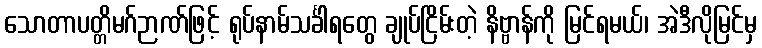
သောတာပတ္တိမဂ်ဉာဏ်ဖြင့် ရုပ်နာမ်သင်္ခါရတွေ ချုပ်ငြိမ်းတဲ့ နိဗ္ဗာန်ကို မြင်ရမယ်၊ အဲဒီလိုမြင်မှ